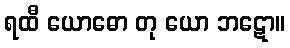
ရထီ ယောဓော တု ယော ဘဋော။